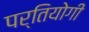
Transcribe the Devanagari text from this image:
पर्तियोगी